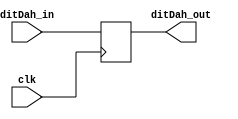
`timescale 1ns / 1ps

`define dit 2'b00
`define dah 2'b11

module morse_tx(clk, ditDah_in, ditDah_out);
	input clk;
	input [0:1] ditDah_in;
	output reg [0:1] ditDah_out;
	
	always @(posedge clk)
		begin
			ditDah_out = ditDah_in;
			case(ditDah_in)
				`dit: $display("(TX) transfering dit");
				`dah: $display("(TX) transfering dah");
				default: $display("(TX) unknown thing");
			endcase
		end
endmodule